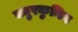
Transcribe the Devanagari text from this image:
क्युरकुमिन